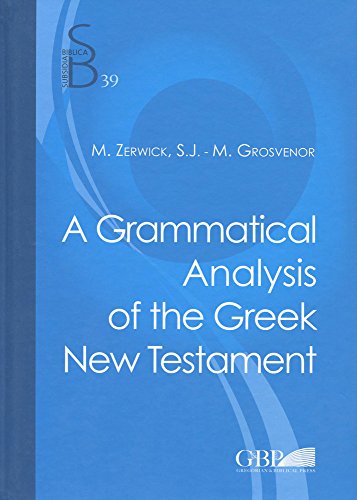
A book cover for Grammatical Analysis of the Greek New Testament (Subsidia Biblica); Maximilian Zerwick; Reference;